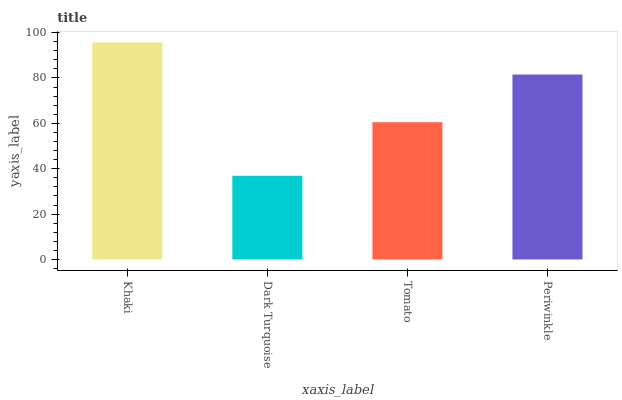
| xaxis_label | bars |
 | --- | --- |
 | Khaki | 95.7 |
 | Dark Turquoise | 36.9 |
 | Tomato | 60.5 |
 | Periwinkle | 81.5 |